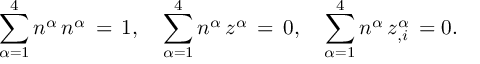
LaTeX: \sum _ { \alpha = 1 } ^ { 4 } n ^ { \alpha } \, n ^ { \alpha } \, = \, 1 , \quad \sum _ { \alpha = 1 } ^ { 4 } n ^ { \alpha } \, z ^ { \alpha } \, = \, 0 , \quad \sum _ { \alpha = 1 } ^ { 4 } n ^ { \alpha } \, z _ { , i } ^ { \alpha } \, = 0 .